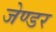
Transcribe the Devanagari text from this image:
जेण्डर